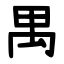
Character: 禺